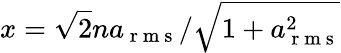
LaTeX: x=\sqrt{2}na_{\mathrm{~r~m~s~}}/\sqrt{1+a_{\mathrm{~r~m~s~}}^{2}}